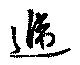
逓